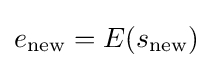
e_{\mathrm {new} }=E(s_{\mathrm {new} })